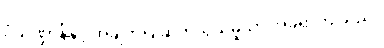
ပုံသဏ္ဍာန်နှင့် အချက်ပြ ဆက်သွယ်မှုသာ အခရာကျသည်။